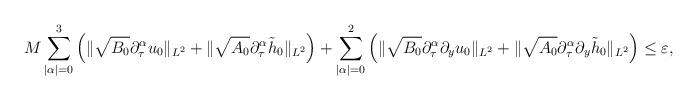
LaTeX: \begin{align*}M\sum\limits_{|\alpha|=0}^{3}\left(\|\sqrt{B_0}\partial_\tau^\alpha u_0\|_{L^2}+\|\sqrt{A_0}\partial_\tau^\alpha\tilde{h}_0\|_{L^2}\right)+\sum\limits_{|\alpha|=0}^{2}\left(\|\sqrt{B_0}\partial_\tau^\alpha\partial_y u_0\|_{L^2}+\|\sqrt{A_0}\partial_\tau^\alpha\partial_y\tilde{h}_0\|_{L^2}\right)\le\varepsilon,\end{align*}